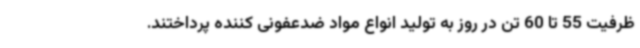
ظرفیت 55 تا 60 تن در روز به تولید انواع مواد ضدعفونی کننده پرداختند.